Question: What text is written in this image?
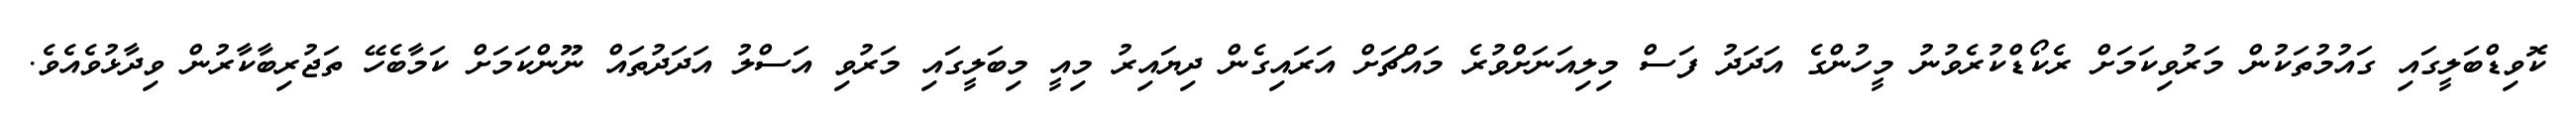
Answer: ކޮވިޑްބަލީގައި ގައުމުތަކުން މަރުވިކަމަށް ރެކޯޑްކުރެވުނު މީހުންގެ އަދަދު ފަސް މިލިއަނަށްވުރެ މައްޗަށް އަރައިގެން ދިޔައިރު މިއީ މިބަލީގައި މަރުވި އަސްލު އަދަދުތައް ނޫންކަމަށް ކަމާބެހޭ ތަޖުރިބާކާރުން ވިދާޅުވެއެވެ.